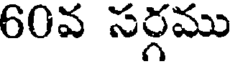
60వ సర్గము